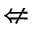
\nLeftarrow